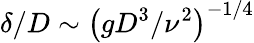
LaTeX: \delta/D\sim\left(gD^{3}/\nu^{2}\right)^{-1/4}